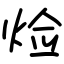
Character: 𤈷